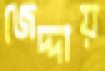
জেদ্দায়